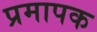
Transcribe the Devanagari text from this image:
प्रमापक